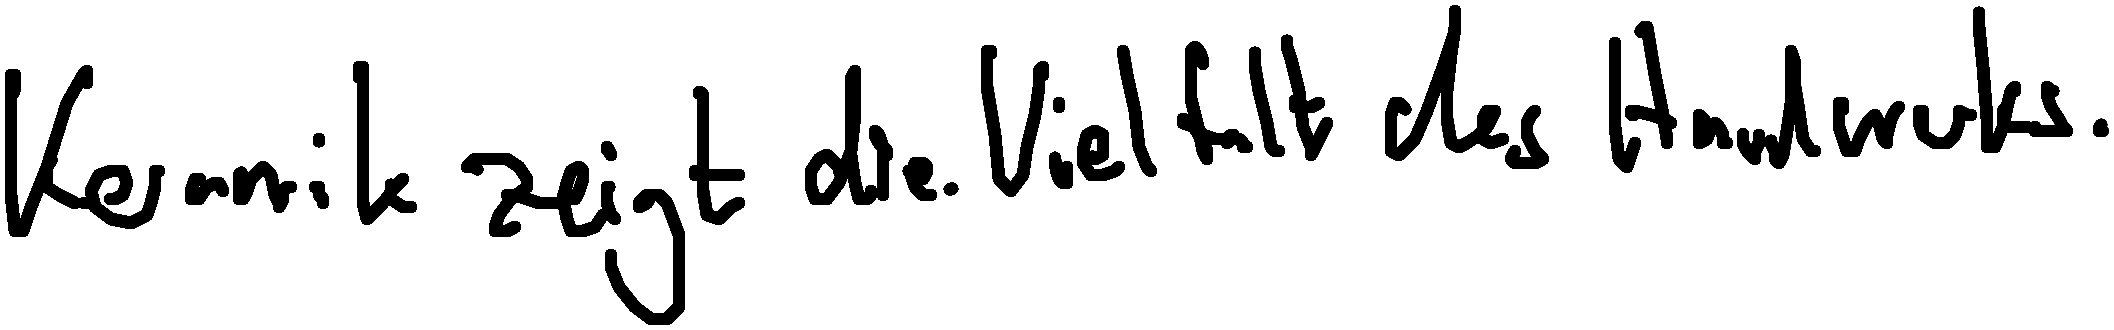
Keramik zeigt die Vielfalt des Handwerks.